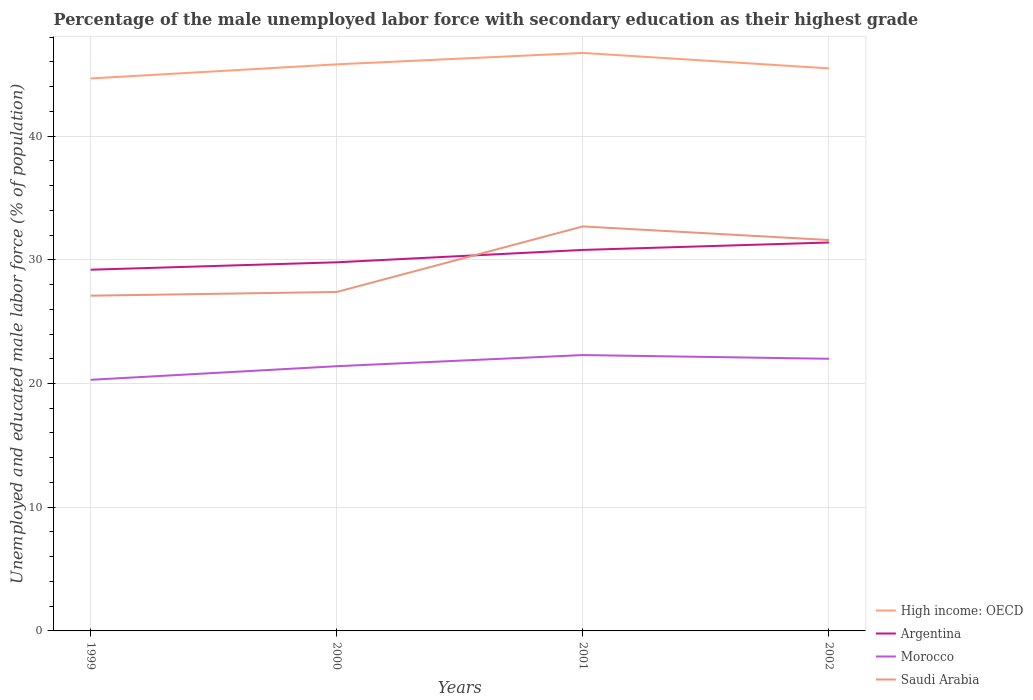
| Years | High income: OECD | Argentina | Morocco | Saudi Arabia |
 | --- | --- | --- | --- | --- |
 | 1999 | 44.7 | 29.2 | 20.3 | 27.1 |
 | 2000 | 45.8 | 29.8 | 21.4 | 27.4 |
 | 2001 | 46.7 | 30.8 | 22.3 | 32.7 |
 | 2002 | 45.5 | 31.4 | 22 | 31.6 |